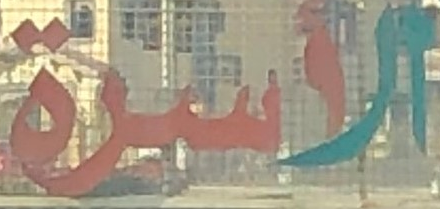
الاسرة